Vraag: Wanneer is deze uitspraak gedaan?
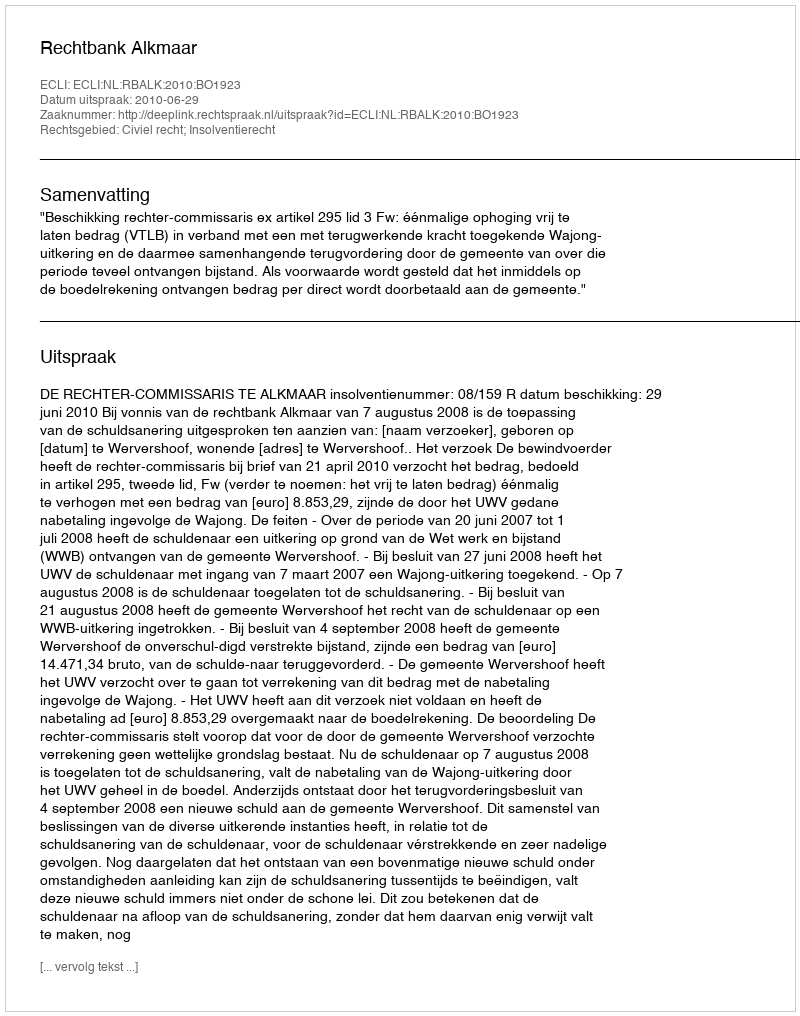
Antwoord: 2010-06-29